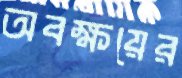
অবক্ষয়ের